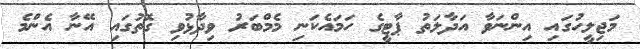
މަޖިލީހުގައި އިންނަވާ އަދާލަތު ޕާޓީގެ ހަމައެކަނި މެމްބަރު ވިދާޅުވި ގޮތުގައި އޭނާ އެންމެ